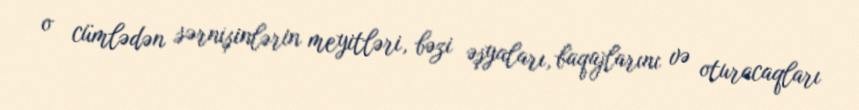
o cümlədən sərnişinlərin meyitləri, bəzi əşyaları, baqajlarını və oturacaqları